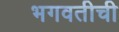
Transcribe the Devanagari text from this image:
भगवतीची